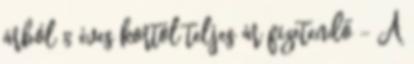
árból 8 éves kortól teljes ár fizetendő - A